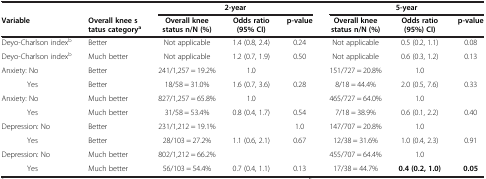
|  |  | <COLSPAN=3> 2-year | <COLSPAN=3> 5-year |
 | Variable | Overall knee status categorya | Overall knee status n/N (%) | Odds ratio (95% CI) | p-value | Overall knee status n/N (%) | Odds ratio (95%) CI) | p-value |
 | --- | --- | --- | --- | --- | --- | --- | --- |
 | Deyo-Charlson indexb | Better | Not applicable | 1.4 (0.8, 2.4) | 0.24 | Not applicable | 0.5 (0.2, 1.1) | 0.08 |
 | Deyo-Charlson indexb | Much better | Not applicable | 1.2 (0.7, 1.9) | 0.50 | Not applicable | 0.6 (0.3, 1.2) | 0.13 |
 | Anxiety: No | Better | 241/1,257 = 19.2% | 1.0 |  | 151/727 = 20.8% | 1.0 |  |
 | Yes | Better | 18/58 = 31.0% | 1.6 (0.7, 3.6) | 0.28 | 8/18 = 44.4% | 2.0 (0.5, 7.6) | 0.33 |
 | Anxiety: No | Much better | 827/1,257 = 65.8% | 1.0 |  | 465/727 = 64.0% | 1.0 |  |
 | Yes | Much better | 31/58 = 53.4% | 0.8 (0.4, 1.7) | 0.54 | 7/18 = 38.9% | 0.6 (0.1, 2.2) | 0.40 |
 | Depression: No | Better | 231/1,212 = 19.1% |  | 1.0 | 147/707 = 20.8% | 1.0 |  |
 | Yes | Better | 28/103 = 27.2% | 1.1 (0.6, 2.1) | 0.67 | 12/38 = 31.6% | 1.0 (0.4, 2.3) | 0.91 |
 | Depression: No | Much better | 802/1,212 = 66.2% |  |  | 455/707 = 64.4% | 1.0 |  |
 | Yes | Much better | 56/103 = 54.4% | 0.7 (0.4, 1.1) | 0.13 | 17/38 = 44.7% | 0.4 (0.2, 1.0) | 0.05 |